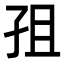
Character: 𭒽